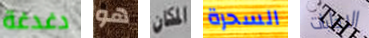
دغدغة هو المكان السحرة الاجابات